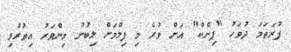
ފުރަތަމަ ދުވަހު "ޕިންކް" އަށް ވުރެ މި ފިލްމަށް ލިބުނު މިންވަރު އިތުރުވި